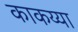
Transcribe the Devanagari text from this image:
काकय्या